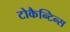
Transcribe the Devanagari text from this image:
टोकैन्टिन्स